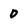
Character: D